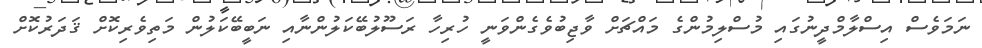
ނަމަވެސް އިސްލާމްދީނުގައި މުސްލިމުންގެ މައްޗަށް ވާޖިބުވެގެންވަނީ ހުރިހާ ރަސޫލުބޭކަލުންނާއި ނަބީބޭކަލުން މަތިވެރިކޮށް ޤަދަރުކޮށް